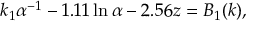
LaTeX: k _ { 1 } \alpha ^ { - 1 } - 1 . 1 1 \ln \alpha - 2 . 5 6 z = B _ { 1 } ( k ) ,